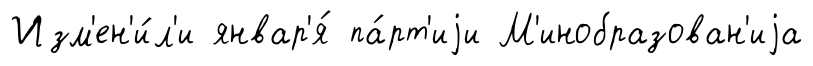
Изм'ен'и́л'и январ'я́ па́рт'иjи М'инобразован'иjа